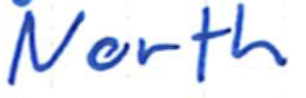
Text: North
Cross-out: clean
Writing tool: ballpoint